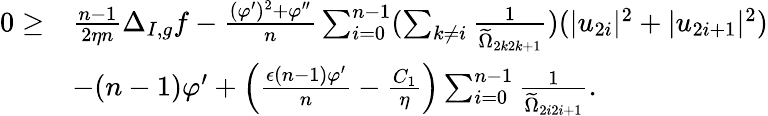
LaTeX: \begin{array}{rl}{0\geq}&{\frac{n-1}{2\eta n}\Delta_{I,g}f-\frac{(\varphi^{\prime})^{2}+\varphi^{\prime\prime}}{n}\sum_{i=0}^{n-1}(\sum_{k\neq i}\frac{1}{\widetilde{\Omega}_{2k2k+1}})(|u_{2i}|^{2}+|u_{2i+1}|^{2})}\\ &{-(n-1)\varphi^{\prime}+\left(\frac{\epsilon(n-1)\varphi^{\prime}}{n}-\frac{C_{1}}{\eta}\right)\sum_{i=0}^{n-1}\frac{1}{\widetilde{\Omega}_{2i2i+1}}.}\end{array}